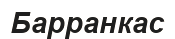
Барранкас